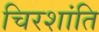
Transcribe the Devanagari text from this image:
चिरशांति